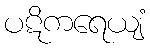
ပဋိကရေယျံ